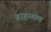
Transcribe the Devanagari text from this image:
ब्राहम्मण